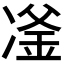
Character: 𪞪